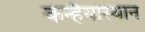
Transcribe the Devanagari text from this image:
कन्हैयास्थान